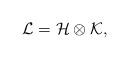
LaTeX: \begin{align*}\mathcal{L}=\mathcal{H}\otimes \mathcal{K},\end{align*}